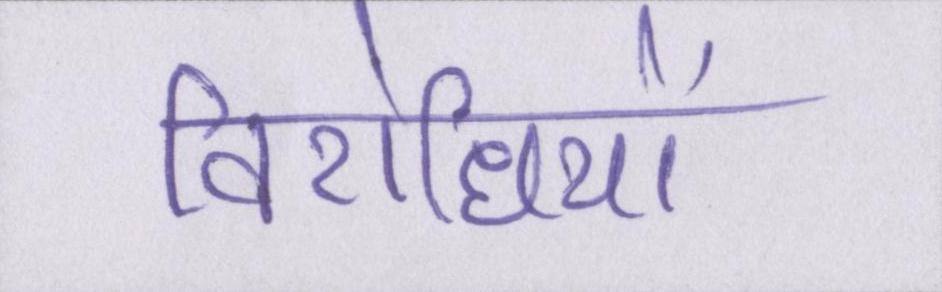
विरोधियों